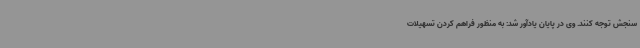
سنجش توجه کنند. وی در پایان یادآور شد: به منظور فراهم کردن تسهیلات